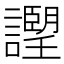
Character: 𧭅